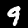
Label: 9